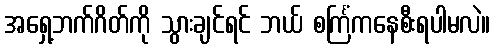
အရှေ့ဘက်ဂိတ်ကို သွားချင်ရင် ဘယ် စင်္ကြံကနေစီးရပါမလဲ။